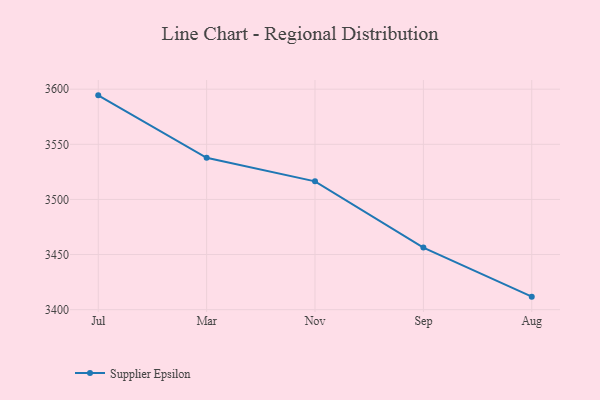
{"axis": {"x": "Month", "y": "Gross Profit (USD K)"}, "legend": ["Supplier Epsilon"], "data": [{"x": "Jul", "y": 3594.4, "type": "Supplier Epsilon"}, {"x": "Mar", "y": 3537.8, "type": "Supplier Epsilon"}, {"x": "Nov", "y": 3516.4, "type": "Supplier Epsilon"}, {"x": "Sep", "y": 3456.3, "type": "Supplier Epsilon"}, {"x": "Aug", "y": 3411.8, "type": "Supplier Epsilon"}]}